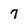
Character: 7